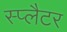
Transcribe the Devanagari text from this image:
स्प्लैटर